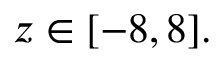
z \in [ - 8 , 8 ] .